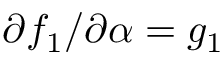
\partial f _ { 1 } / \partial \alpha = g _ { 1 }